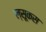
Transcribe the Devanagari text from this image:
ल्सूकस